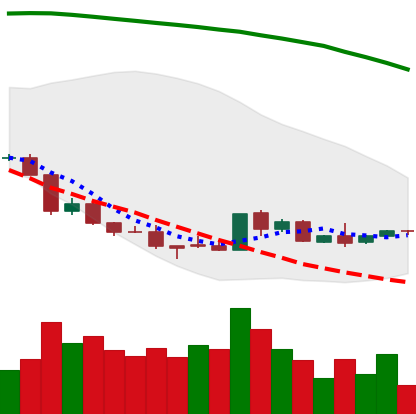
Ticker: EOS-USD
Chart end date: 2018-08-25
Forward return: 20.434%
Label: up_7plus